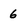
Character: 6